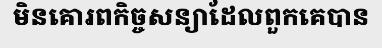
មិនគោរពកិច្ចសន្យាដែលពួកគេបាន